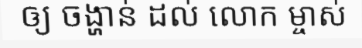
ឲ្យ ចង្ហាន់ ដល់ លោក ម្ចាស់